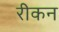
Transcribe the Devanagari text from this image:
रीकन